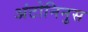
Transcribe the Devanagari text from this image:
अंटोनिनुस